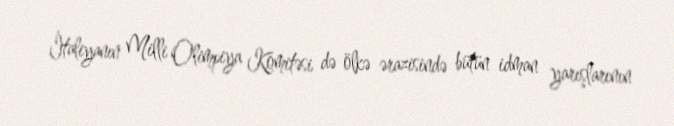
İtaliyanın Milli Olimpiya Komitəsi də ölkə ərazisində bütün idman yarışlarının